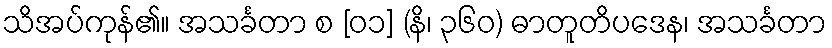
သိအပ်ကုန်၏။ အသင်္ခတာ စ [၀၁] (နိ၊ ၃၆၀) ဓာတူတိပဒေန၊ အသင်္ခတာ